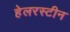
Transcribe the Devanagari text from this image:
हेलरस्टीन